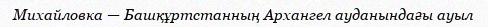
Михайловка — Башқұртстанның Архангел ауданындағы ауыл